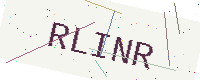
Text: RLINR